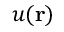
u ( \mathbf { r } )